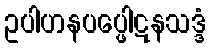
ဥပါဟနပပ္ဖေါဋနသဒ္ဒံ